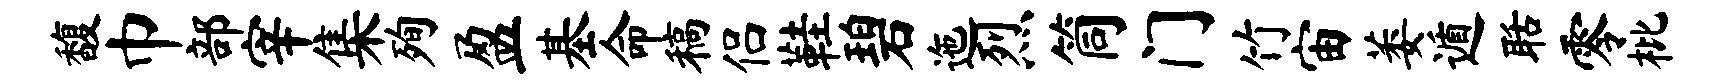
馥巾部宰集殉盈基命稿侣鞋碧迤烈筒门竹宙萎遁聒零枇